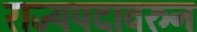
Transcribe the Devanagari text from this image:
राज्यपदावरुन